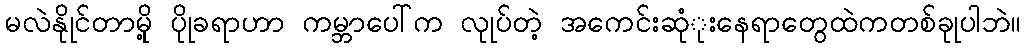
မလဲနိုုင်တာမိုု့ ပိုုခရာဟာ ကမ္ဘာပေါ်က လုုပ်တဲ့ အကေင်းဆုံုးနေရာတွေထဲကတစ်ခုုပါဘဲ။